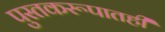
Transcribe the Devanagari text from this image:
पुस्तकरूपातही